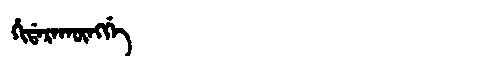
Manchu: ᡥᡳᡩᠠᡵᠠᡴᡡᠩᡤᡝ
Romanization: HIDARAKŪNGGE